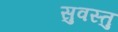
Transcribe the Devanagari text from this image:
सुवस्तु